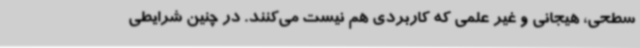
سطحی، هیجانی و غیر علمی که کاربردی هم نیست می‌کنند. در چنین شرایطی